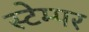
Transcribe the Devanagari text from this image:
स्टेम्पर